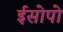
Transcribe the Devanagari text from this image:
ईसोपो